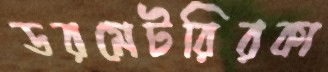
ডরমেটরিরকা